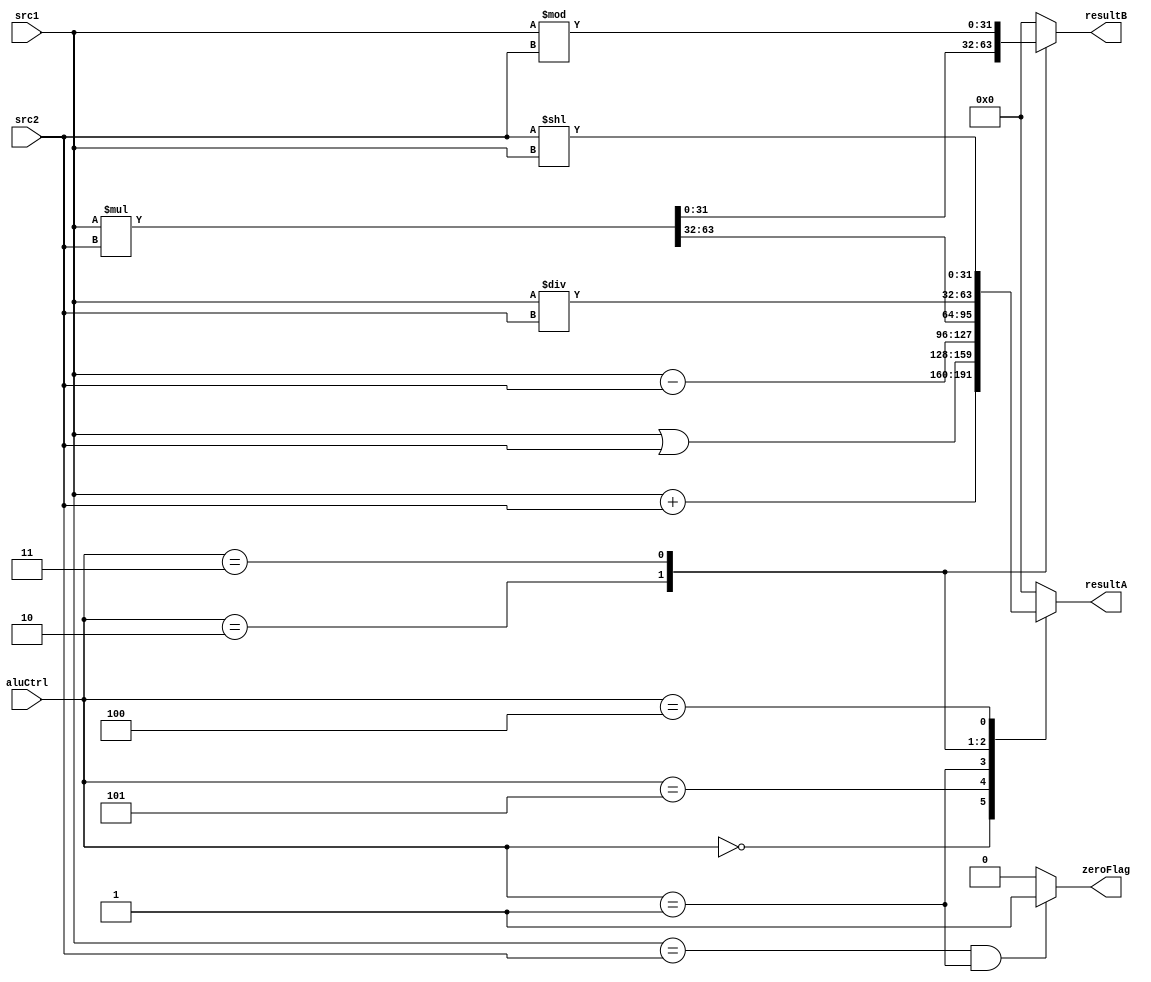
`timescale 1ns/100ps

module ALU ( src1,src2,aluCtrl, resultA, resultB,zeroFlag);

input [31:0] src1;
input [31:0] src2 ; 
input [2:0] aluCtrl ;
output  [31:0] resultA ;
output  [31:0] resultB ;
reg [63:0] resultTemp;
output  zeroFlag;

integer in1, in2, outA,outB;


`define ADDc 3'b000
`define SUBc 3'b001
`define MULc 3'b010
`define DIVc 3'b011
`define SHIFTc 3'b100
`define ORc 3'b101

always @(*)
	begin
		in1= src1;
		in2= src2;
		case( {aluCtrl} )
		`ADDc: 
			begin 
			outA = in1+ in2;
			outB = 0;
			end
		`ORc: 
			begin 
			outA = in1 | in2;
			outB =0;
			end
		`SUBc: 
			begin 
			outA = in1- in2;
			outB =0;
			end
		`MULc: 
			begin 
			resultTemp = in1* in2;
			outA = resultTemp[63:32];
			outB = resultTemp[31:0];
			end
		`DIVc:
			begin 
			outA= in1/ in2;
			outB = in1 % in2;
			end
		`SHIFTc: 
			begin 
			outA= in2 << in1;
			outB =0;
			end
		default: 
			begin
				outA = 0;
				outB =0;
			end
		endcase

	end
assign zeroFlag = ((in1==in2 && aluCtrl==`SUBc)?1'b1:1'b0);
assign resultA=outA;
assign resultB=outB;
endmodule

/*
module alu_tb ();

reg [31:0] src1,src2;
reg [2:0] aluCtrl;
wire [31:0] resA, resB;

wire zf;

ALU tb ( .src1(src1),.src2(src2),.aluCtrl(aluCtrl), .resultA(resA), .resultB(resB),.zeroFlag(zf));

always @(*) begin
	$monitor(" resA = %d , resB = %d , zeroFlag = %b ", resA, resB, zf);
	#20;
	src1= 32'h0000_0007;
	src2= 32'h000_0002;
	aluCtrl= 3'b000;

	#20;
	aluCtrl = 3'b001;

	#20;
	aluCtrl= 3'b010;

	#20;
	aluCtrl = 3'b011;

	#20;
	aluCtrl = 3'b100; //Shift

	#20;
	aluCtrl = 3'b101;

	$finish;
end

endmodule
*/